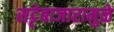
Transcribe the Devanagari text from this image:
सट्टेबाजारामुळे